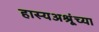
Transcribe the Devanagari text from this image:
हास्यअश्रूंच्या